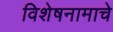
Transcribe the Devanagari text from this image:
विशेषनामाचे